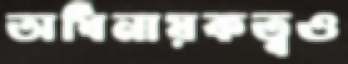
অধিনায়কত্বও